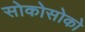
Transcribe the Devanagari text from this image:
सोकोसोको